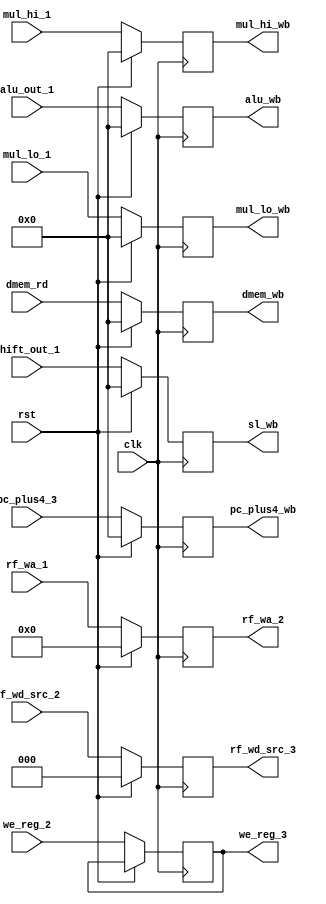
`timescale 1ns / 1ps
    
module mem_wb_reg(
        input  wire             clk,
        input  wire             rst,
        input  wire  [2:0]  rf_wd_src_2,
        input  wire  [31:0] pc_plus4_3,
        input  wire  [31:0] mul_lo_1,
        input  wire  [31:0] mul_hi_1,
        input  wire  [31:0] dmem_rd,
        input  wire  [31:0] alu_out_1,
        input  wire  [31:0] shift_out_1,
        input  wire  [4:0]  rf_wa_1,      
        input  wire         we_reg_2,
        output reg   [2:0]  rf_wd_src_3,
        output reg   [31:0] pc_plus4_wb,
        output reg   [31:0] mul_lo_wb,
        output reg   [31:0] mul_hi_wb,
        output reg   [31:0] dmem_wb,
        output reg   [31:0] alu_wb,
        output reg   [31:0] sl_wb,
        output reg   [4:0] rf_wa_2,
        output reg         we_reg_3         
);

    always @ (posedge clk) begin
        if (rst) begin
            rf_wd_src_3 <= 0;
            pc_plus4_wb <= 0;
            mul_lo_wb <= 0;
            mul_hi_wb <= 0;
            dmem_wb <= 0;
            alu_wb <= 0;
            sl_wb <= 0;
            rf_wa_2 <= 0;
        end
        else begin
            rf_wd_src_3 <= rf_wd_src_2;
            pc_plus4_wb <= pc_plus4_3;
            mul_lo_wb <= mul_lo_1;
            mul_hi_wb <= mul_hi_1;
            dmem_wb <= dmem_rd;
            alu_wb <= alu_out_1;
            sl_wb <= shift_out_1; //beware of 1 and l looking the same
            rf_wa_2 <= rf_wa_1;
            we_reg_3 <= we_reg_2;
        end
    end
endmodule